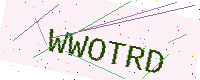
Text: WWOTRD